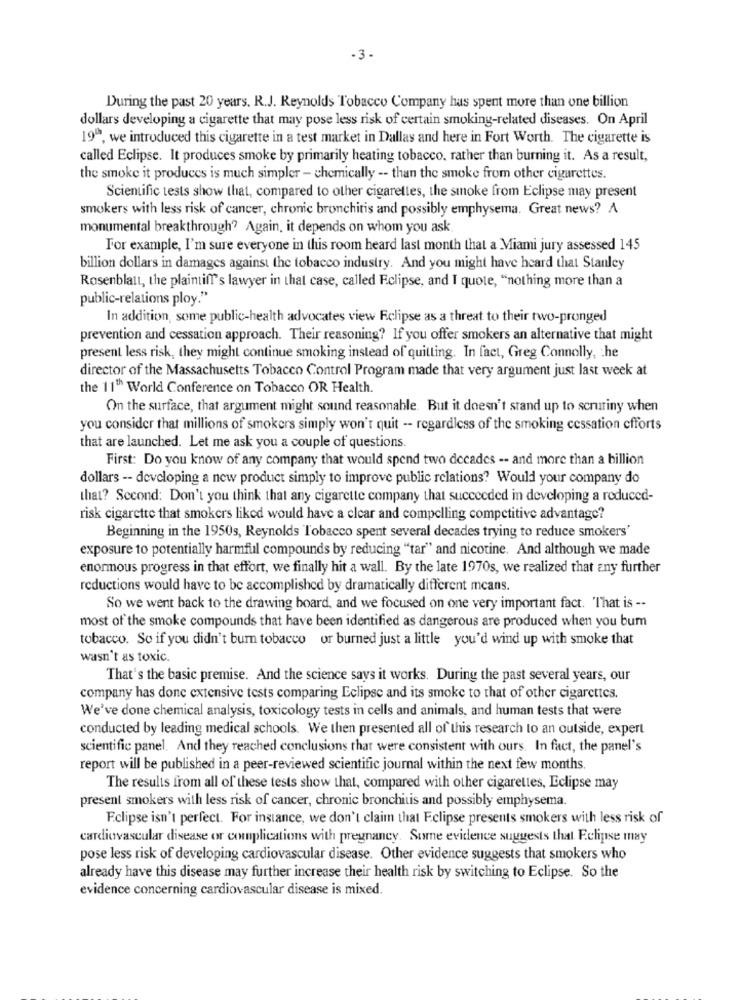
-3-
During the past 20 years. R.J. Reynolds Tobacco Company has spent more than one billion
dollars developing a cigarette that may pose less risk of certain smoking-related diseases. On April
198, we introduced this cigarette in a test market in Dallas and here in Fort Worth. The cigarette is
called Eclipse. It produces smoke by primarily heating tobacco, rather than burning it. As a result,
the smoke it produces is much simpler - chemically -- than the smoke from other cigarettes.
Scientific tests show that, compared to other cigarettes, the smoke from Eclipse may present
smokers with less risk of cancer, chronic bronchitis and possibly emphysema. Great news? A
monumental breakthrough? Again, it depends on whom you ask
For example, I'm sure everyone in this room heard last month that a Miami jury assessed 145
billion dollars in damages against the tobacco industry. And you might have heard that Stanley
Rosenblatt, the plaintiff's lawyer in that case, called Eclipse, and I quote, "nothing more than a
public-relations ploy."
In addition, some public-health advocates view Eclipse as a threat to their two-pronged
prevention and cessation approach. Their reasoning? If you offer smokers an alternative that might
present less risk, they might continue smoking instead of quitting. In fact, Greg Connolly, he
director of the Massachusetts Tobacco Control Program made that very argument just last week at
the 11" World Conference on Tobacco OR Health.
On the surface, that argument might sound reasonable. But it doesn't stand up to scrutiny when
you consider that millions of smokers simply won't quit -- regardless of the smoking cessation efforts
that are launched. Let me ask you a couple of questions.
First: Do you know of any company that would spend two decades -- and more than a billion
dollars -- developing a new product simply to improve public relations? Would your company do
that? Second: Don't you think that any cigarette company that succeeded in developing a reduced-
risk cigarette that smokers liked would have a clear and compelling competitive advantage?
Beginning in the 1950s, Reynolds Tobacco spent several decades trying to reduce smokers'
exposure to potentially harmful compounds by reducing "tar" and nicotine. And although we made
enormous progress in that effort, we finally hit a wall. By the late 1970s, we realized that any further
reductions would have to be accomplished by dramatically different means.
So we went back to the drawing board, and we focused on one very important fact. That is --
most of the smoke compounds that have been identified as dangerous are produced when you bum
tobacco. So if you didn't burn tobacco or burned just a little you'd wind up with smoke that
wasn't as toxic.
That's the basic premise. And the science says it works. During the past several years, our
company has done extensive tests comparing Eclipse and its smoke to that of other cigarettes.
We've done chemical analysis, toxicology tests in cells and animals, and human tests that were
conducted by leading medical schools. We then presented all of this research to an outside, expert
scientific panel. And they reached conclusions that were consistent with ours. In fact, the panel's
report will be published in a peer-reviewed scientific journal within the next few months.
The results from all of these tests show that, compared with other cigarettes, Eclipse may
present smokers with less risk of cancer, chronic bronchitis and possibly emphysema.
Eclipse isn't perfect. For instance, we don't claim that Eclipse presents smokers with less risk of
cardiovascular disease or complications with pregnancy. Some evidence suggests that Eclipse may
pose less risk of developing cardiovascular disease. Other evidence suggests that smokers who
already have this disease may further increase their health risk by switching to Eclipse. So the
evidence concerning cardiovascular disease is mixed.